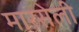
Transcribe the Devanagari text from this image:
मारसेली